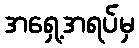
အရှေ့အရပ်မှ